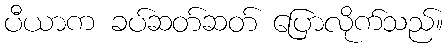
ပီယာက ခပ်ဆတ်ဆတ် ပြောလိုက်သည်။